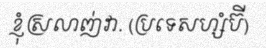
ខ្ញុំស្រលាញ់វា. (ប្រទេសហ្សំប៊ី)